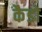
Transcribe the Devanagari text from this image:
कैडो